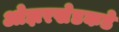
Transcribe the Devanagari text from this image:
ओझरखेडकडे